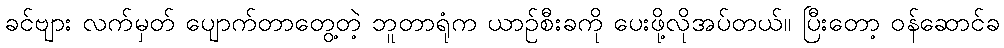
ခင်ဗျား လက်မှတ် ပျောက်တာတွေ့တဲ့ ဘူတာရုံက ယာဉ်စီးခကို ပေးဖို့လိုအပ်တယ်။ ပြီးတော့ ဝန်ဆောင်ခ